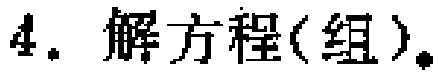
$4. 解方程(组)。$